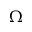
\Omega